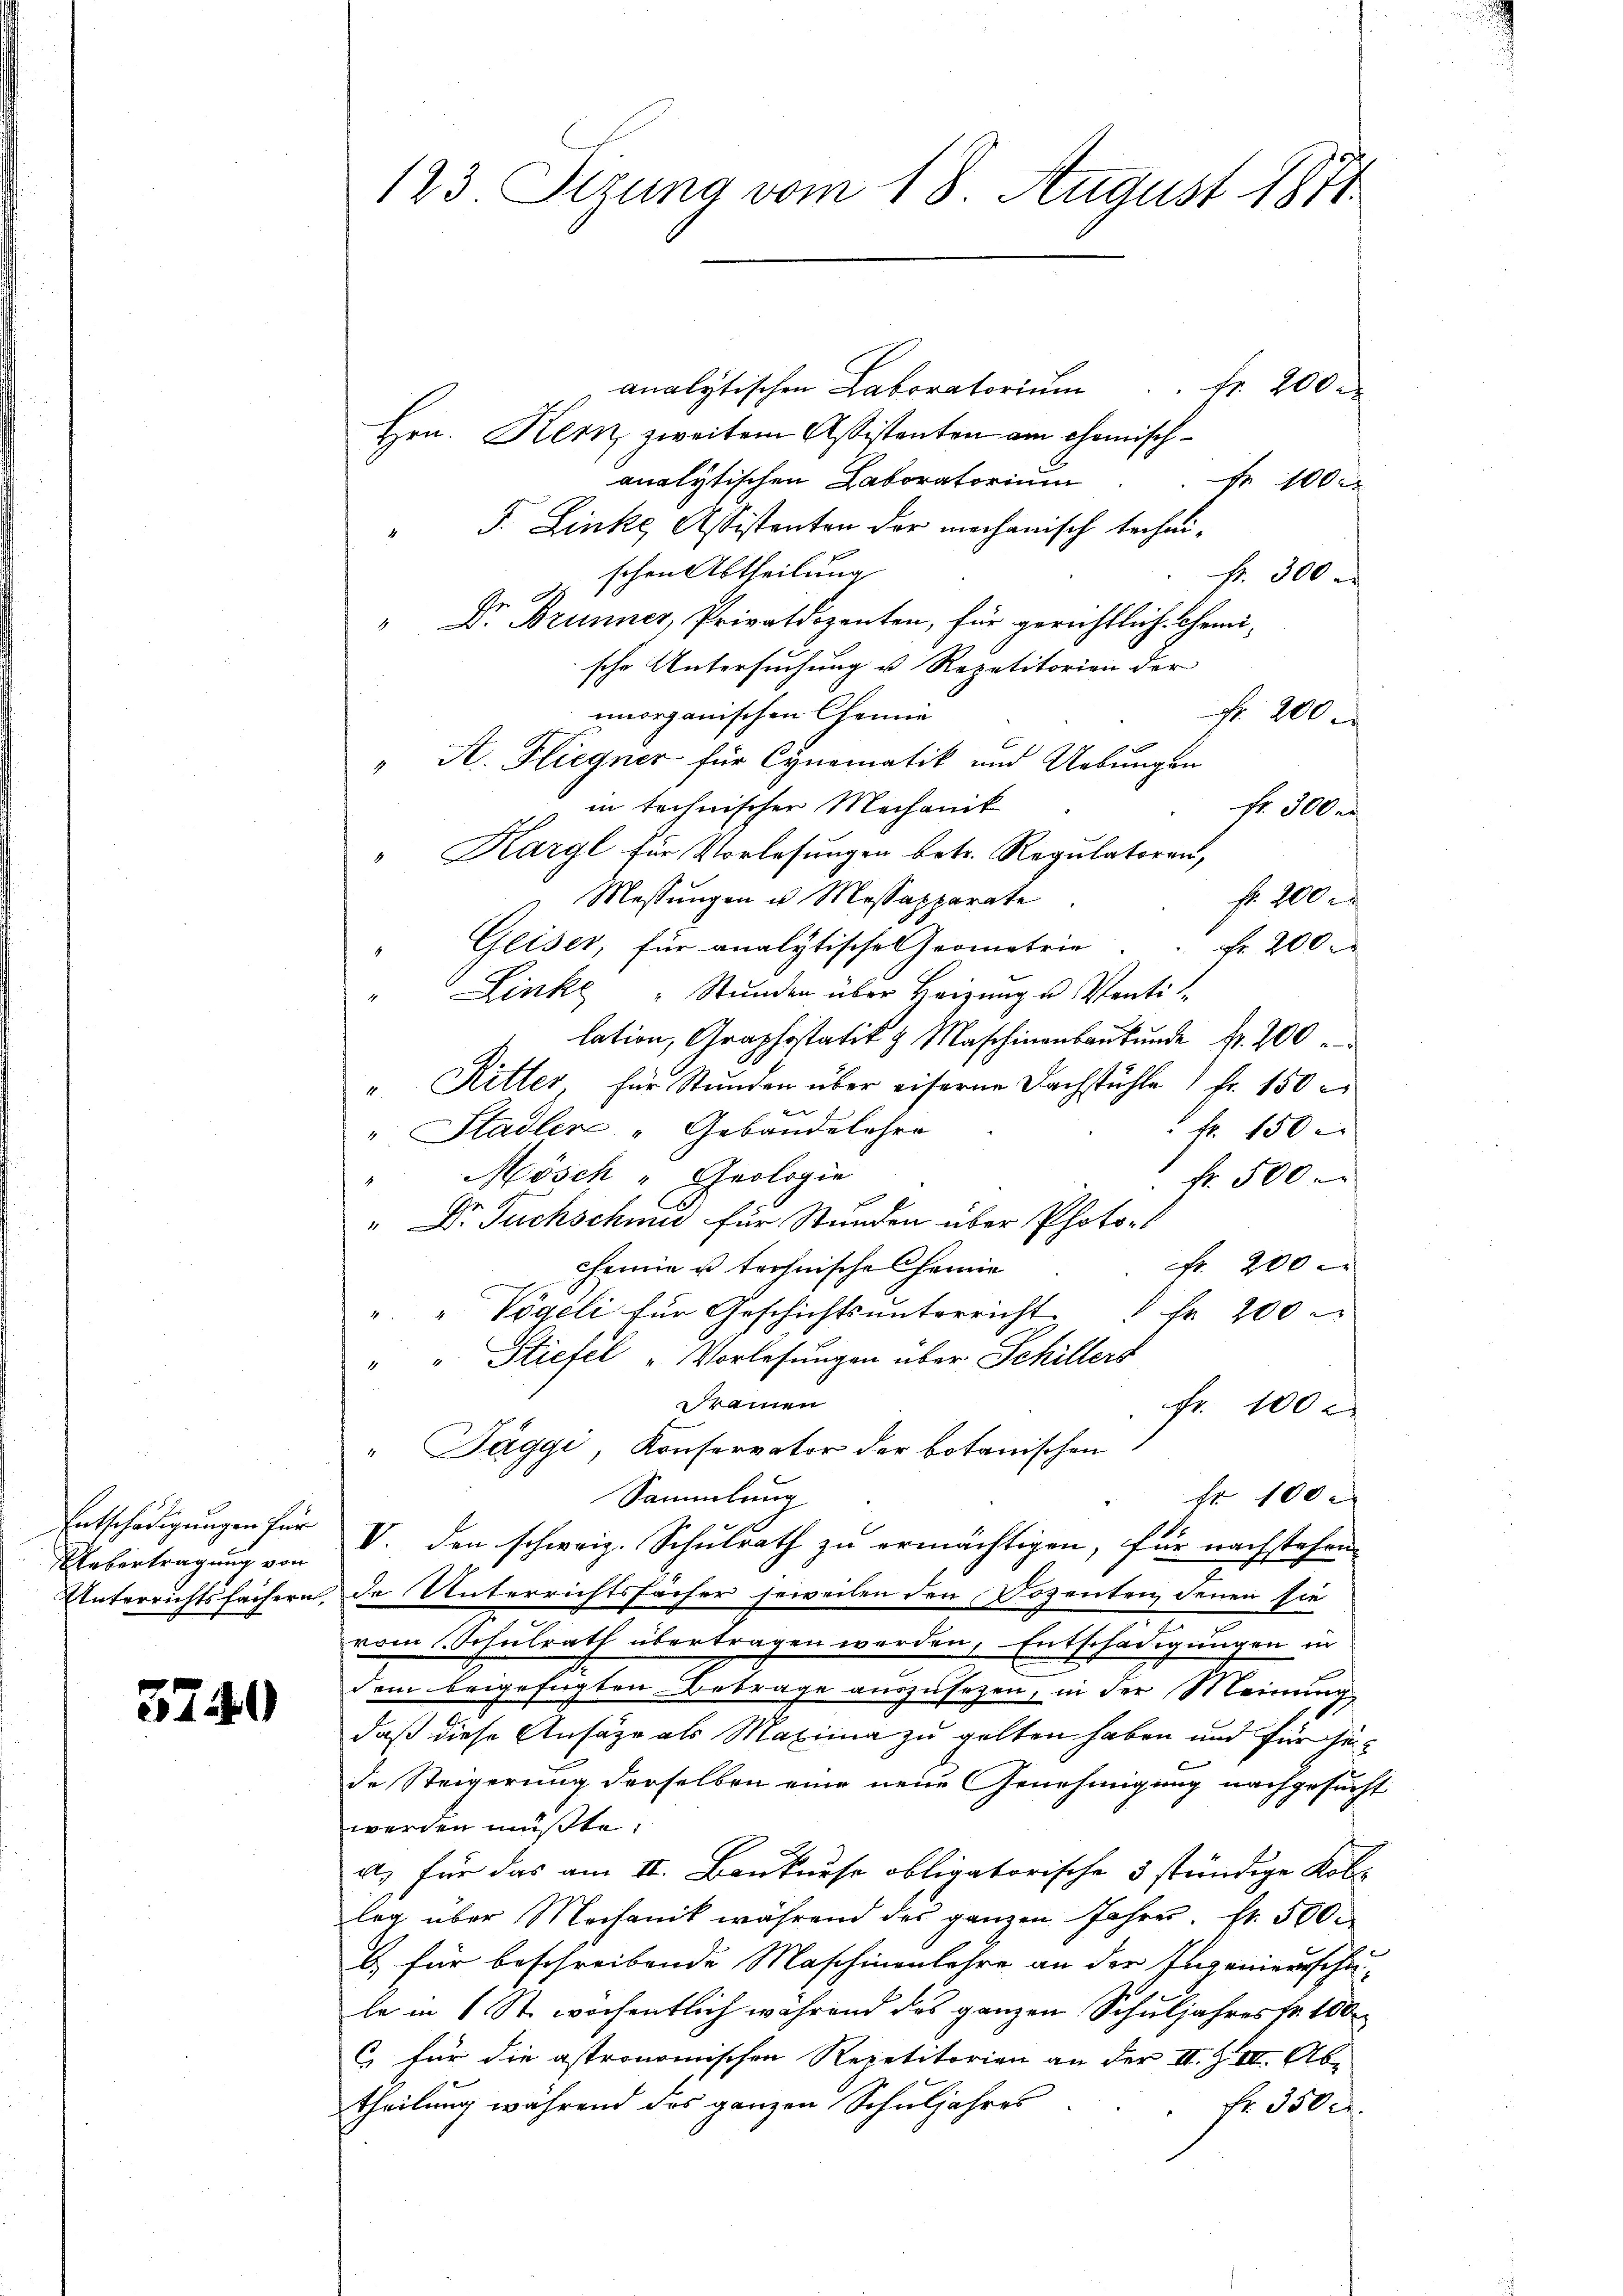
Uebertragung von

3740

analytischen Laboratorium
 Fr. 200 r
Hrn. Kein zweitem Assistenten am Chemischanalytischen Laboratorium
No 100
" F. Linke Assistenten der mechanisch technischen Abtheilung
Fr. 300
e
" D. Brunner, Privatdozenten, für gerichtlich Chemische Untersuchung u Repetitorien der
unorganischen Chemie
Fr. 200
" A. Fliegner für Cynomatik und Uebungen
in technischen Mechanik
Fr. 300
" Karyl für Vorlesungen betr. Regulatoren,
f 200 x
Messungen u. Messapparate
Gliser, für analytisches Geometrie
Fr. 200
" Linke Stunden über Heizung u Venti
"lation, Graphostativ & Maschinenbaukunde fr. 200
" Ritter, für Stunden über eiserne Fachstühle 1 Fr. 150
 fr. 150 r
" Stadler "Gebäudelehre
Mösch - Geologie
Fr. 500
". Dr Fuchschmid für Stunden über Photo¬
No 200.
cheine u tröhnische heime
". " Vögeli für Geschichtsŭnterricht " fr. 200
" " Stiefel „Vorlesungen über Schillers
Framen
Fr. 100 l
" Jäggi, Konservator der botanischen
Sammlung
fr 100.
Entschädigungen für V. den schweiz. Schulrath zu ermächtigen, für nachstehen
Unterrichtsfachern, de Unterrichtsfächer jeweilen den Dozenten denen sie
vom Schulrath übertragen werden, Entschädigungen in
dem beigefügten Betrage auszusehen, in der Meinung
daß diese Ansäge als Maxima zu gelten haben und für seide Steigerung derselben eine neue Genehmigung nachgesucht
werden müßte.
a, für das am II. Baukurse obligatorische 3 stündige Kol
leg über Mechanik während des ganzen Jahres. Fr. 500
b. für beschreibende Maschinenlehre an der Ingenieurschule in 1 St. wochentlich während das ganzen Schuljahres fr. 100
C) für die astronomischen Repetitorien an der II. Z VII. Ab-
theilung während des ganzen Schuljahres
fr. 350 c.

123 Sizung vom 18. August 1871